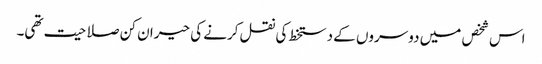
اس شخص میں دوسروں کے دستخط کی نقل کرنے کی حیران کن صلاحیت تھی۔